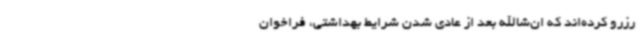
رزرو کرده‌اند که ان‌شاالله بعد از عادی شدن شرایط بهداشتی، فراخوان